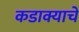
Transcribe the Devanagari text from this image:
कडाक्याचे